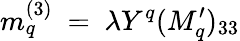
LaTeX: m_{q}^{(3)}~=~\lambda Y^{q}(M_{q}^{\prime})_{33}